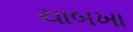
ચાબખા